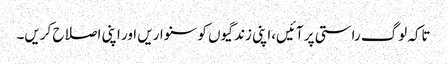
تاکہ لوگ راستی پر آئیں،اپنی زندگیوں کو سنواریں اور اپنی اصلاح کریں۔